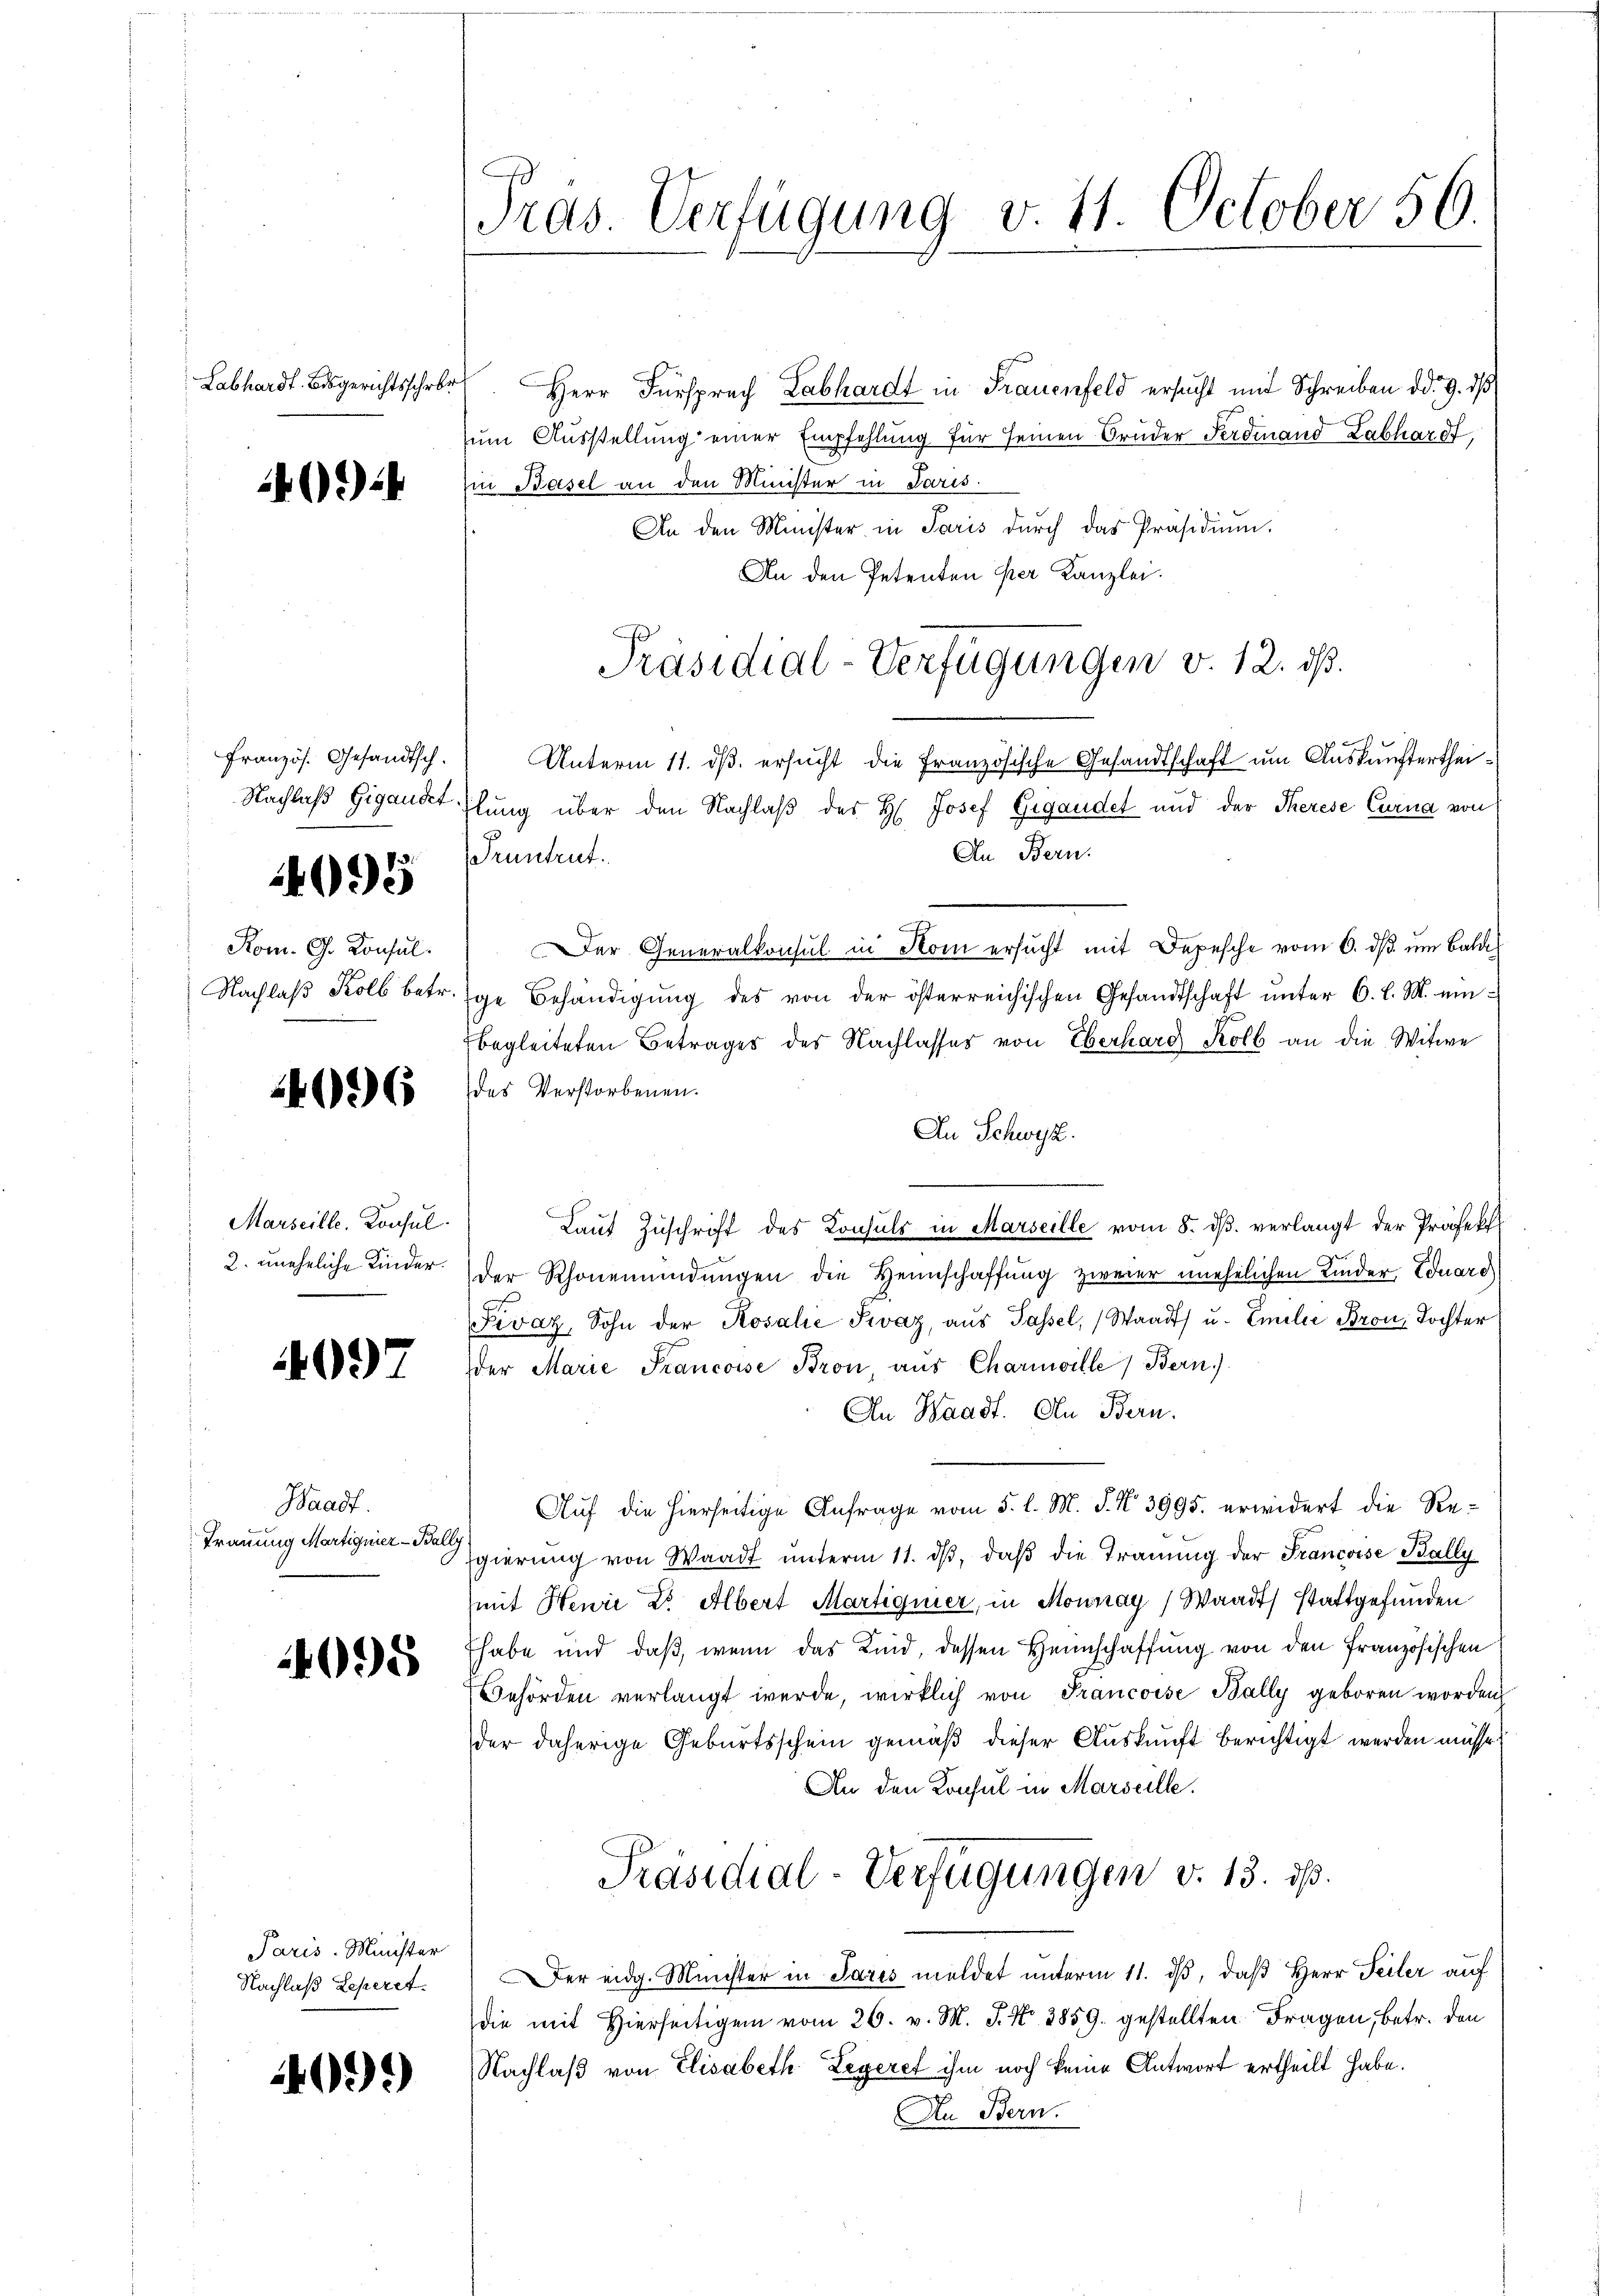
Labhardt. Bisgerichtsschrbr

3)

4095

Kom. G. Konsul

4096

Marseille. Konsul

4097

Waadt.
Trauung Martignier-Bally

4095

Paris-Minister
Nachlaß Leperet.

4099)

Präs. Verfügung v. 11. October 56.

Herr Fürsprach Labhardt in Frauenfeld ersucht mit Schreiben dd. 9. ds
zum Ausstellung einer Empfehlung für seinen Bruder Ferdinand Labhardt,
Ein Basel an den Minister in Paris.
An den Minister in Paris durch das Präsidium.
An den Petenten per Kanzlei.
Französ. Gesandtsch. Unterm 11. ds. ersucht die Französische Gesandtschaft um Auskunfterthei¬
Nachlaß Gigandt Ilung über den Nachlaβ des H. Josef Gigandet und der Therese Curia von
An Bern.
Pruntrut
Der Generalkonsul in Stom ersŭcht mit Depesche vom 6. dβ ŭm Bald
Nachlaβ Kolb betr. ge Behändigŭng des von der österreichischen Gesandtschaft unter 6. l. M. einbegleiteten Betrages des Nachlasses von Eberhard Kolb an die Witwe
des Verstorbenen.
An Schwyz.
Lauf Zuschrift des Konsuls in Marseille vom 8. ds. verlangt der Präfekt
2. uneheliche Kinder der Rhonemündŭngen die Heimschaffŭng zweier unehelichen Kinder, Eduard
Fevaz, Sohn der Rosalie Sevaz, aŭs Passel, Waadt u. Emilie Bron, Tochter
der Marie Francoise Bron, aus Charmville Bern)
An Waadt. In Bern.
Auf die hierseitige Anfrage vom 5. l. M. P. Nr. 3995. erwidert die Re¬
Iegierung von Waadt ŭnterm 11. dβ, daβ die Trauung der Francoise Bally
(mit Heure Dr. Albert Martignier, in Monnay) Waadt stattgefunden
Ehabe und daß, wenn das Kind, dessen Heimschaffung von den Französischen
Behörden verlangt werde, wirklich von Francoise Bally geboren worden
der daherige Geburtsschein gemäß dieser Auskunft berichtigt werden müsse.
An den Konsul in Marseille.
Präsidial-Verfügungen v. 13. ds.
er eidg. Münster in Paris meldet unterm 11. dβ, daß Herr Teiler auf
die mit Hierseitigen vom 26. v. M. J. N. 2859. gestellten Fragen, betr. den
Nachlaß von Elisabeth Legeret ihm noch keine Antwort ertheilt habe.
An Bern.

Präsidial-Verfügungen v. 12. ds.